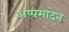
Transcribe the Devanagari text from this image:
अप्पमादेन